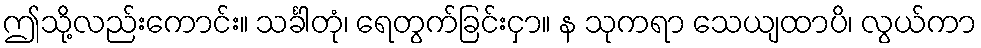
ဤသို့လည်းကောင်း။ သင်္ခါတုံ၊ ရေတွက်ခြင်းငှာ။ န သုကရာ သေယျထာပိ၊ လွယ်ကာ